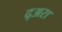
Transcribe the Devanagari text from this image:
द्अरा